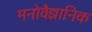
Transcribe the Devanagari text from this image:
मनाेवैज्ञानिक